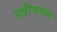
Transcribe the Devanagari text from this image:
स्त्रीगमन